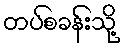
တပ်စခန်းသို့